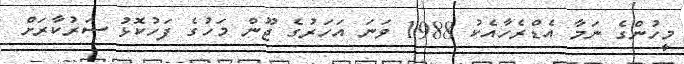
މީހުންގެ ނަމާ އެޑްރެހާއެކު 1988 ވަނަ އަހަރުގެ ޖޫން މަހުގެ ފަހުކޮޅު ސަރުކާރަށް